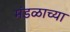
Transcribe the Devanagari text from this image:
मंडळाच्‍या